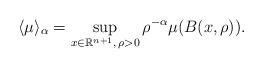
LaTeX: \begin{align*}\langle \mu\rangle_\alpha = \sup_{x\in \mathbb R^{n+1},\,\rho>0} \rho^{-\alpha}\mu(B(x,\rho)).\end{align*}